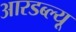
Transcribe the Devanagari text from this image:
आरडब्ल्यू